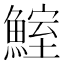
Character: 鰘